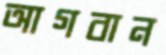
আগবান